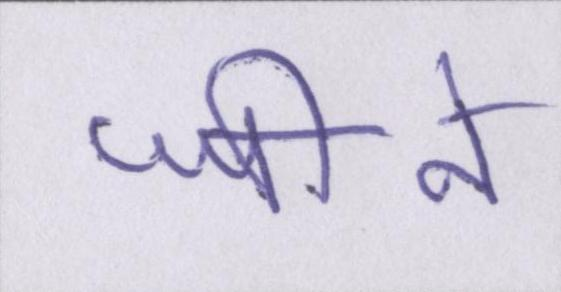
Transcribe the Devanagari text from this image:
जीने